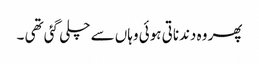
پھر وہ دندناتی ہوئی وہاں سے چلی گئی تھی ۔